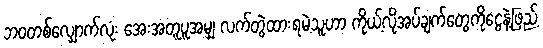
ဘဝတစ်လျှောက်လုံး အေးအတူပူအမျှ လက်တွဲထားရမဲ့သူဟာ ကိုယ့်လိုအပ်ချက်တွေကိုငွေနဲ့ဖြည့်